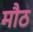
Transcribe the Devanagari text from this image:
मौठ